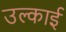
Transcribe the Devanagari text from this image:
उल्काई